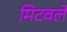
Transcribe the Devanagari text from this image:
मिटवले